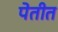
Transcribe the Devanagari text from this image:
पेतीत